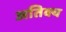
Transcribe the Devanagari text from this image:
अतिक्य